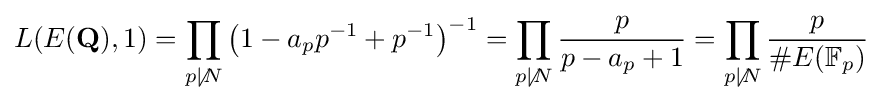
L(E(\mathbf {Q} ),1)=\prod _{p\not \mid N}\left(1-a_{p}p^{-1}+p^{-1}\right)^{-1}=\prod _{p\not \mid N}{\frac {p}{p-a_{p}+1}}=\prod _{p\not \mid N}{\frac {p}{\#E(\mathbb {F} _{p})}}